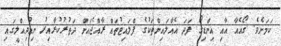
ކަމަށެވެ. ގޯއެއާ އާއި އިންޑިގޯ ފަދަ އެއާލައިންތަކުގެ ފްލައިޓުތައް ރާއްޖެއަށް ދަތުރުކުރާއިރު ނިއުދިއްލީގައި